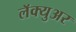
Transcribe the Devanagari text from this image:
लॅक्युअर